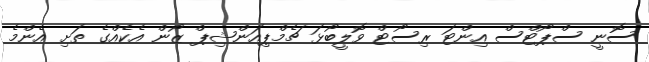
ސޮނީ ސްޕޯޓްސް އިންޓަ ރިސޯޓް ވޮލީބޯޅަ ޗެމްޕިއަންޝިޕް ޒޯން އެކެއްގެ ތަށި އެންމެ